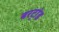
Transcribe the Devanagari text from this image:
बरट्रांड